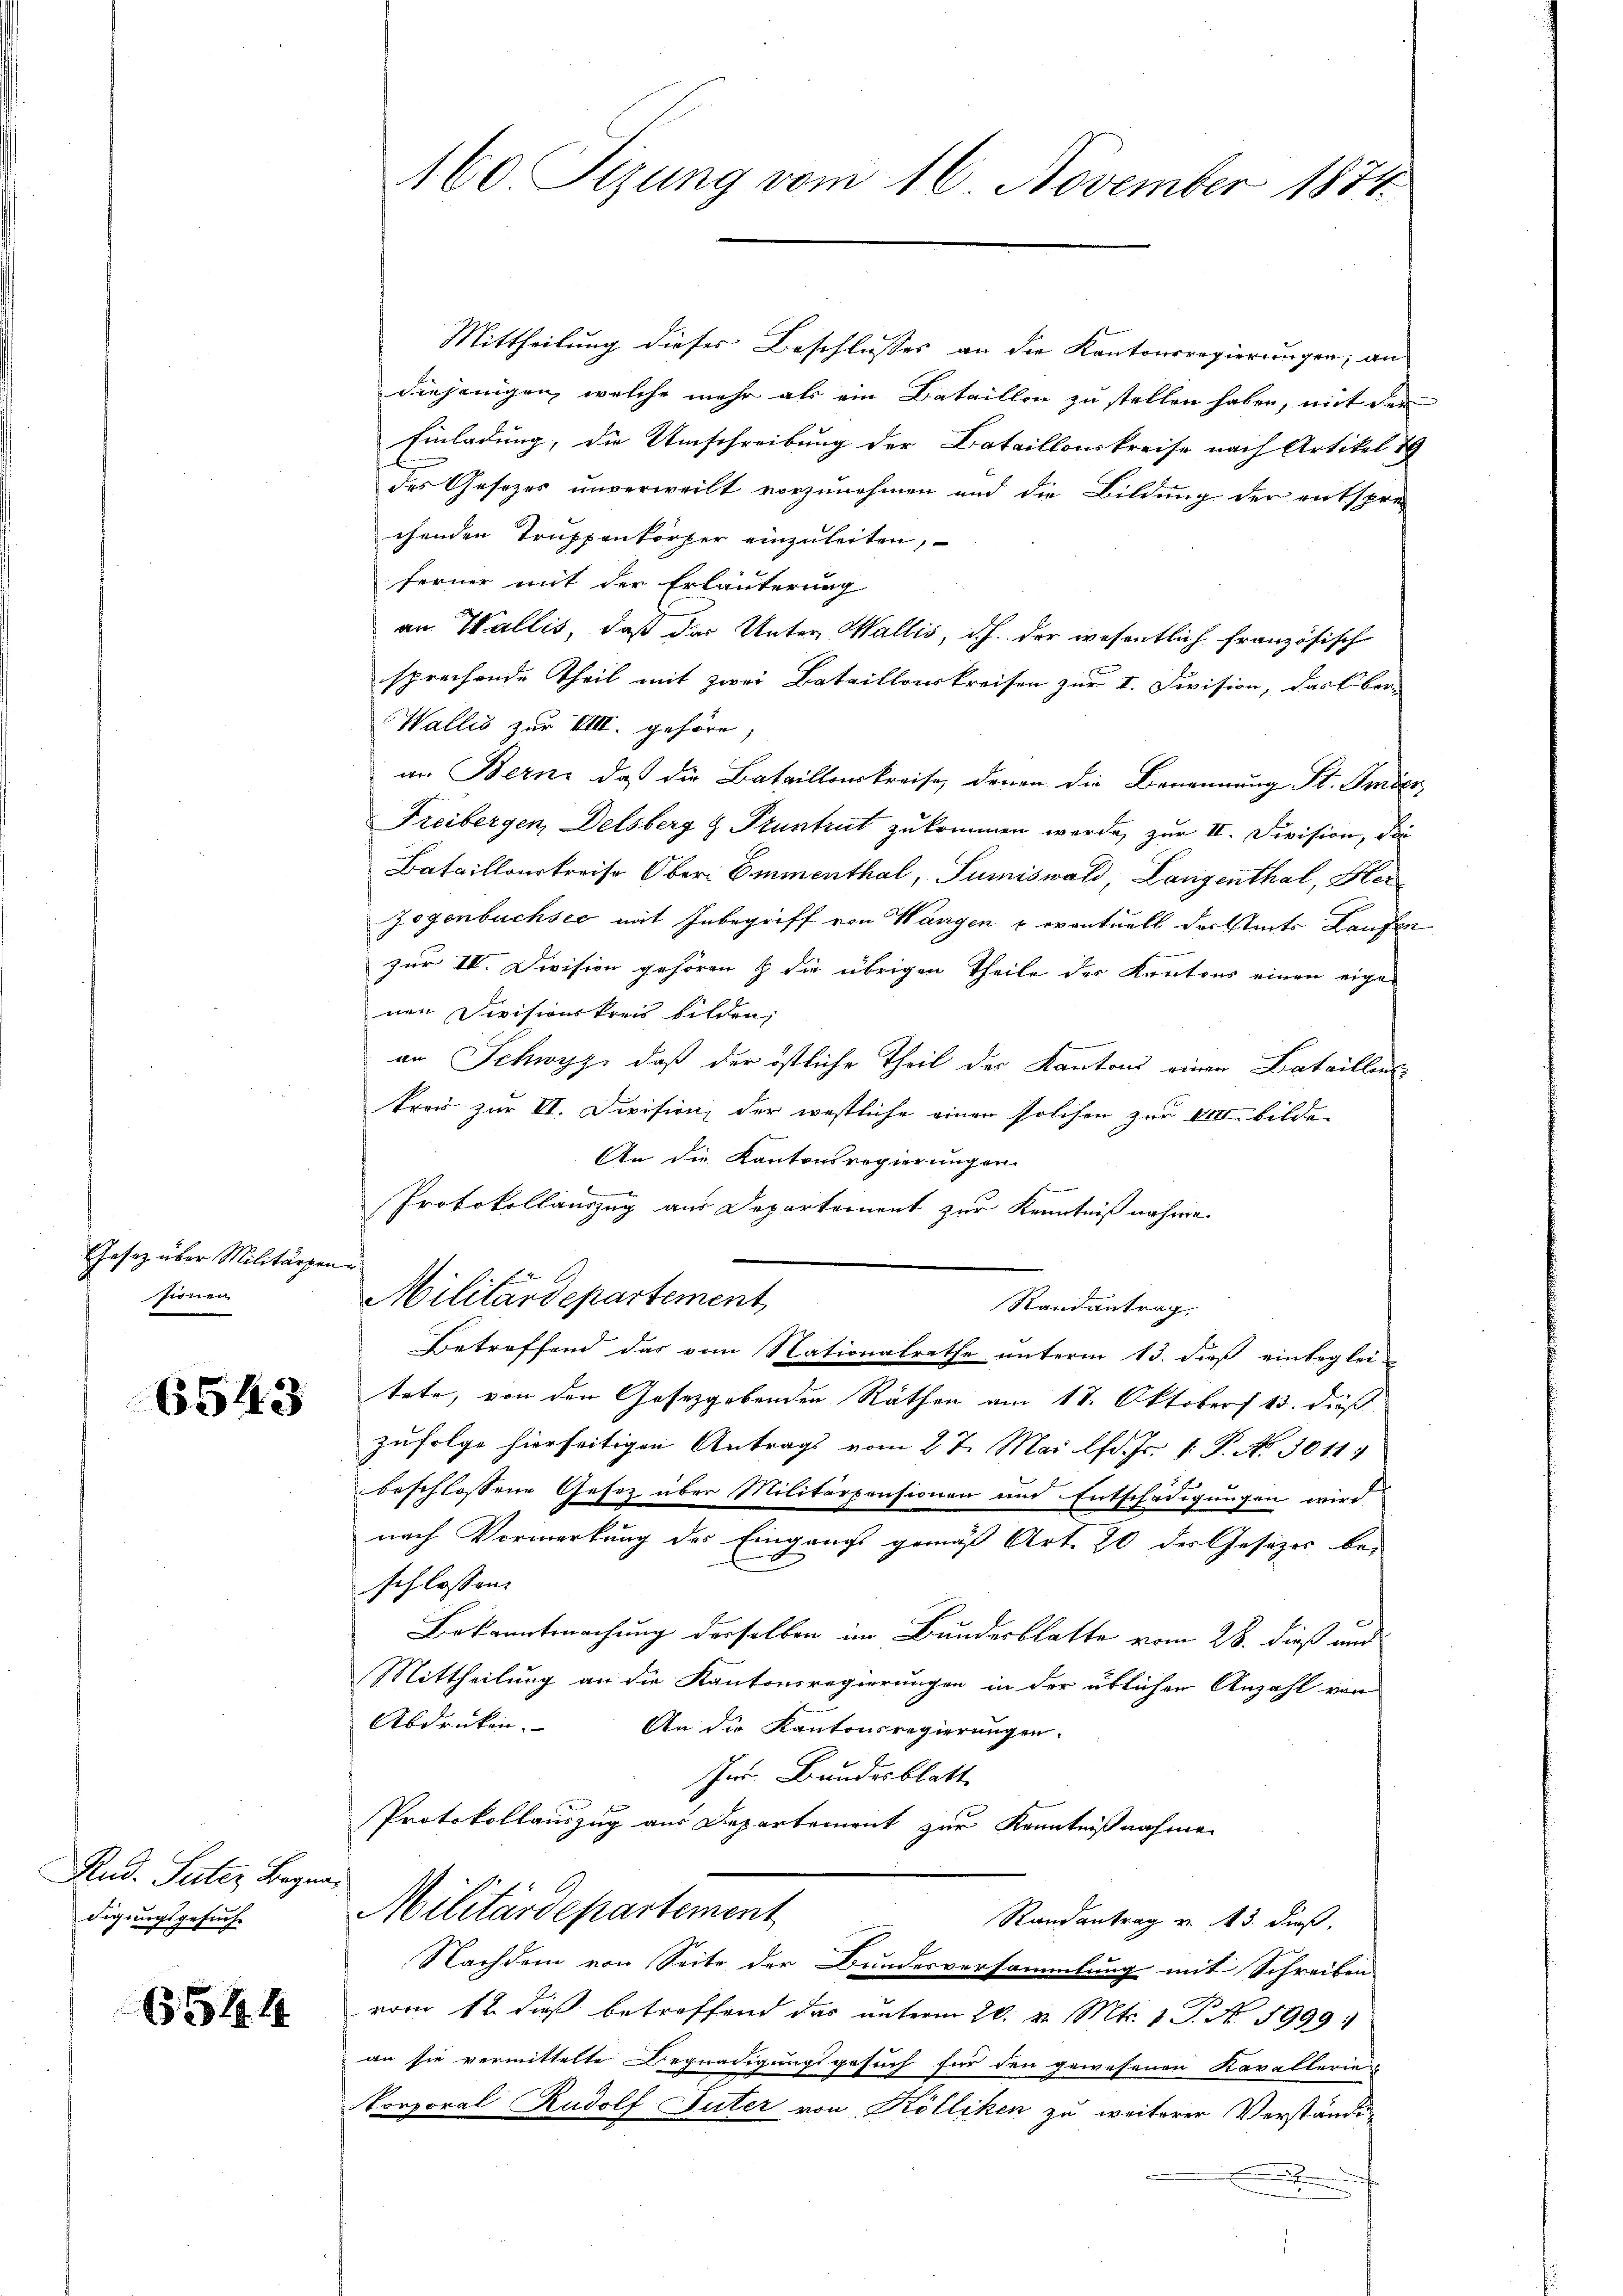
Gesetz über Militärpen
sionen

6543

Nan Steller Regen
digungsgesuche

6544

160 Tizung vom 16. November 1874.

Mittheilung dieses Beschlusses an die Kantonsregierungen, an
diejenigen, welche mehr als ein Bataillon zu stellen haben, mit der
Einladung, die Umschreibung der Bataillonskreise nach Artikel 19
des Gesezes unverweilt vorzunehmen und die Bildung der entspre-
chenden Truppenkörper einzuleiten,
ferner mit der Erläuterung
am Wallis, daß der Unter Wallis, d.h. der wesentlich französisch
sprechende Theil mit zwei Bataillonskreisen zur I. Division, das Ober-
Wallis zur VIII. gehöre;
an Bern, daß die Bataillonskreise, denen die Benennung St. Amber
Freibergen, Delsberg & Pruntrut zukommen werde, zur II. Division, die
Bataillonskreise Ober Emmenthal, Pumiswald, Langenthal, Herzogenbuchsee mit Inbegriff von Wangen & eventuell derseits Laufen
zur III. Division gehören & die übrigen Theile des Kantons einen eigen
nen Divisionskreis bilden,
an Schwyz, daß der östliche Theil des Kantons einen Bataillens
kreis zur VI. Division, der westliche einen solchen zur VII bilde
An die Kantonsregierungen
Protokollauszug aus Departement zur Kenntniß nahme
e
Militärdepartement
Randantrag.
Betreffend das vom Nationalrathe unterm 13. dieß einbeglei-
tete, von den Gesetzgebenden Räthen am 17. Oktober 13. dieß
zufolge hierseitigen Antrags vom 27. Mai lfd. Js. 1. P. No. 3011.
beschlossene Gesetz über Militärpensionen und Entschädigungen wird
nach Vormerkung des Eingangs gemäß Art. 20 der Gesezes be-
schlossen:
Bekanntmachung desselben im Bundesblatte vom 28. dieß und
Mittheilung an die Kantonsregierungen in der üblichen Anzahl von
Abdrüken. |
An die Kantonsregierungen.
Im Bundesblatt
Protokollauszug aus Departement zur Kenntnißnahmen
Militärdepartement
Randantrag v. 13. dieß,
Nachdem von Seite der Bundesversammlung mit Schreiben
vom 12. dieß betreffend das unterm 20. v. Mts. 1 P. Nr. 1999.
an sie vermittelte Begnadigungsgesuch für den gewesenen Kavallerie
Korporal Rudolf Suter von Kölliken zu weiterer Verständi¬